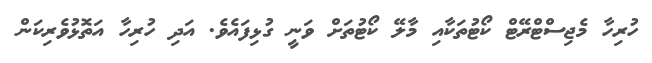
ހުރިހާ މެޖިސްޓްރޭޓް ކޯޓުތަކާއި މާލޭ ކޯޓުތަށް ވަނީ ގުޅިފައެވެ. އަދި ހުރިހާ އަތޮޅުވެރިކަން